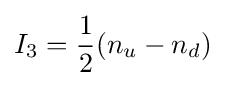
I_{3}={\frac {1}{2}}(n_{u}-n_{d})